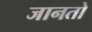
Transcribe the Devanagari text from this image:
जानतो